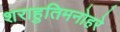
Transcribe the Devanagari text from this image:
शराहुतिमनोहरे